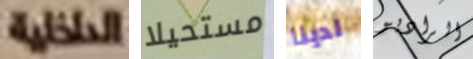
الداخلية مستحيلا لدينا الراديو